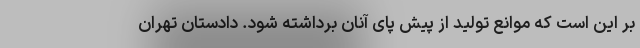
بر این است که موانع تولید از پیش پای آنان برداشته شود. دادستان تهران